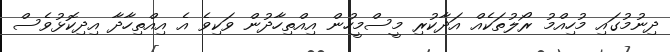
ދިނުމުގައި މުހިއްމު ރޯލުތަކެއް އަދާކުރި މީސްމީހުން އިއްތިހާދުން ވަކިވެ އެ އިއްތިހާދާ އިދިކޮޅުވެސް